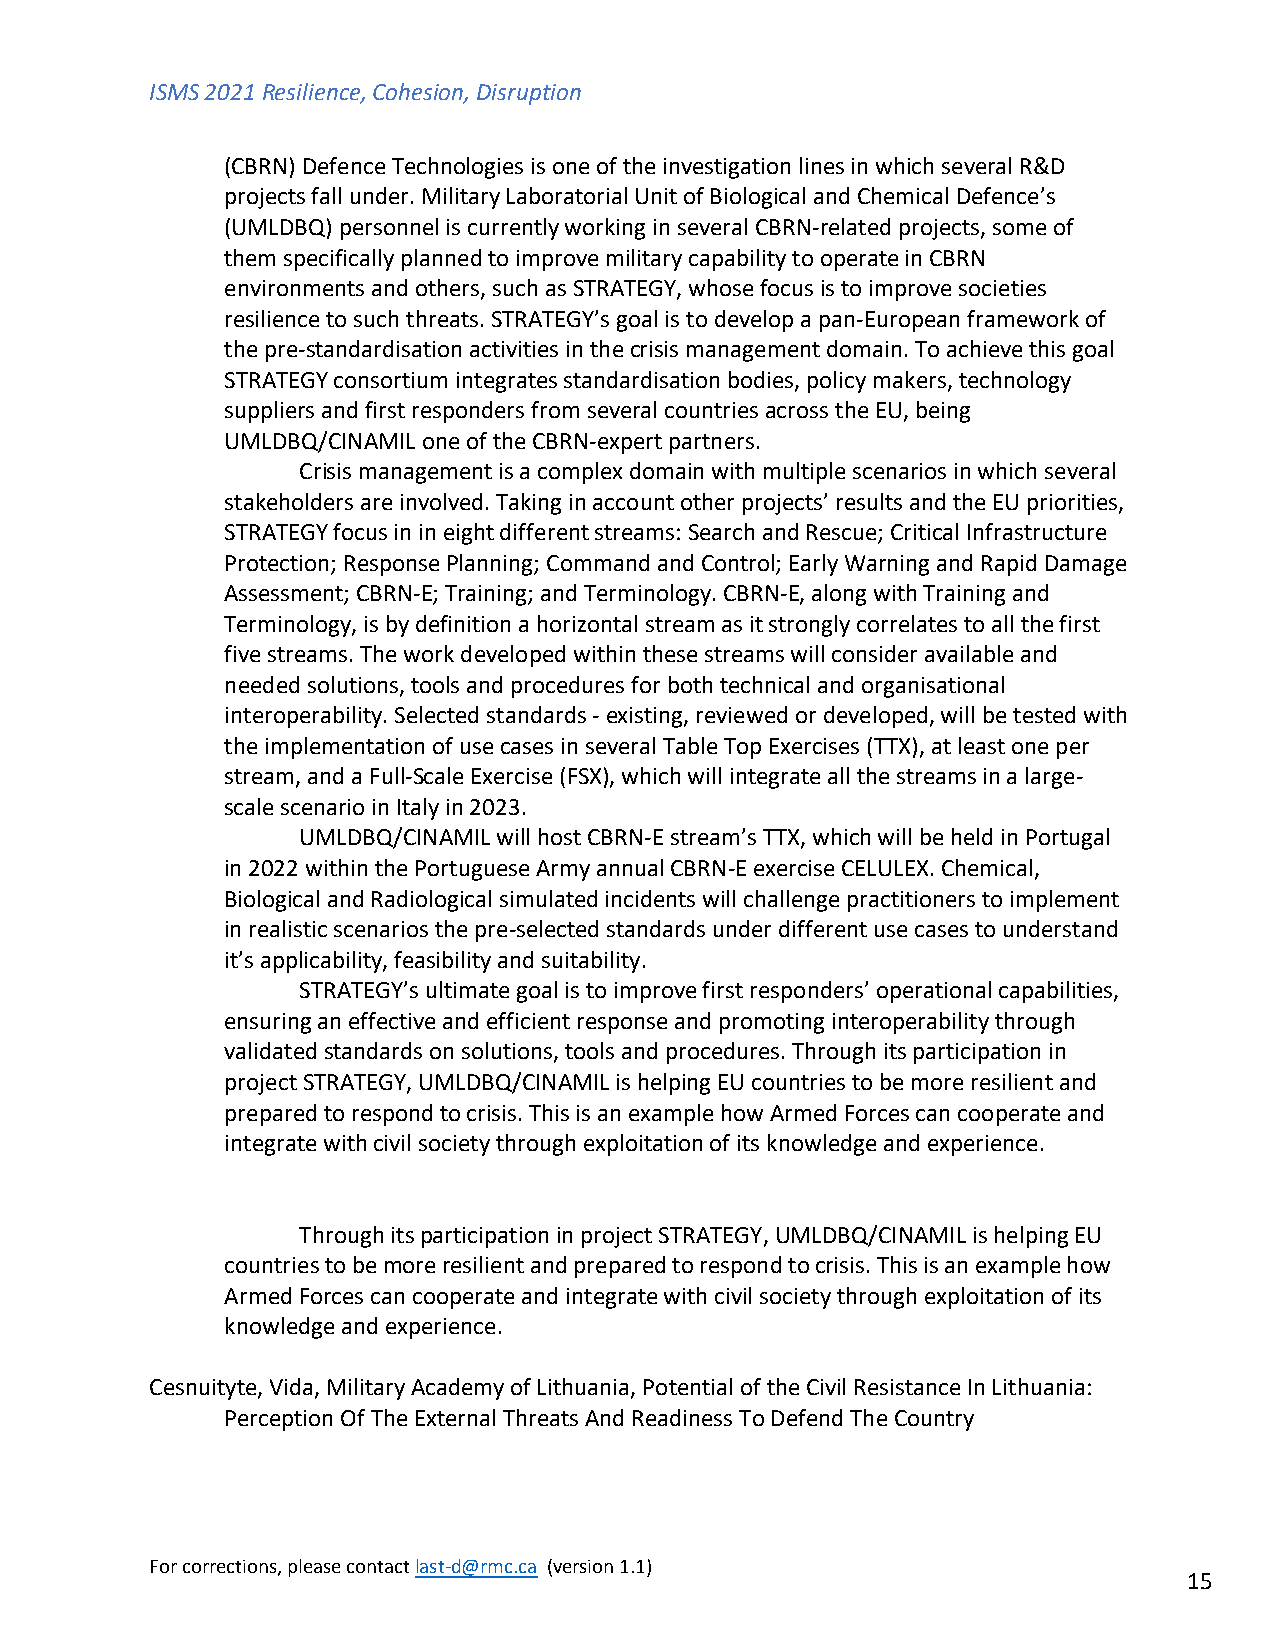
ISMS 2021 Resilience, Cohesion, Disruption
 (CBRN) Defence Technologies is one of the investigation lines in which several R&D
 projects fall under. Military Laboratorial Unit of Biological and Chemical Defence’s
 (UMLDBQ) personnel is currently working in several CBRN-related projects, some of
 them specifically planned to improve military capability to operate in CBRN
 environments and others, such as STRATEGY, whose focus is to improve societies
 resilience to such threats. STRATEGY’s goal is to develop a pan-European framework of
 the pre-standardisation activities in the crisis management domain. To achieve this goal
 STRATEGY consortium integrates standardisation bodies, policy makers, technology
 suppliers and first responders from several countries across the EU, being
 UMLDBQ/CINAMIL one of the CBRN-expert partners.
 Crisis management is a complex domain with multiple scenarios in which several
 stakeholders are involved. Taking in account other projects’ results and the EU priorities,
 STRATEGY focus in in eight different streams: Search and Rescue; Critical Infrastructure
 Protection; Response Planning; Command and Control; Early Warning and Rapid Damage
 Assessment; CBRN-E; Training; and Terminology. CBRN-E, along with Training and
 Terminology, is by definition a horizontal stream as it strongly correlates to all the first
 five streams. The work developed within these streams will consider available and
 needed solutions, tools and procedures for both technical and organisational
 interoperability. Selected standards - existing, reviewed or developed, will be tested with
 the implementation of use cases in several Table Top Exercises (TTX), at least one per
 stream, and a Full-Scale Exercise (FSX), which will integrate all the streams in a large-
 scale scenario in Italy in 2023.
 UMLDBQ/CINAMIL will host CBRN-E stream’s TTX, which will be held in Portugal
 in 2022 within the Portuguese Army annual CBRN-E exercise CELULEX. Chemical,
 Biological and Radiological simulated incidents will challenge practitioners to implement
 in realistic scenarios the pre-selected standards under different use cases to understand
 it’s applicability, feasibility and suitability.
 STRATEGY’s ultimate goal is to improve first responders’ operational capabilities,
 ensuring an effective and efficient response and promoting interoperability through
 validated standards on solutions, tools and procedures. Through its participation in
 project STRATEGY, UMLDBQ/CINAMIL is helping EU countries to be more resilient and
 prepared to respond to crisis. This is an example how Armed Forces can cooperate and
 integrate with civil society through exploitation of its knowledge and experience.
 Through its participation in project STRATEGY, UMLDBQ/CINAMIL is helping EU
 countries to be more resilient and prepared to respond to crisis. This is an example how
 Armed Forces can cooperate and integrate with civil society through exploitation of its
 knowledge and experience.
 Cesnuityte, Vida, Military Academy of Lithuania, Potential of the Civil Resistance In Lithuania:
 Perception Of The External Threats And Readiness To Defend The Country
 For corrections, please contact last-d@rmc.ca (version 1.1)
 15